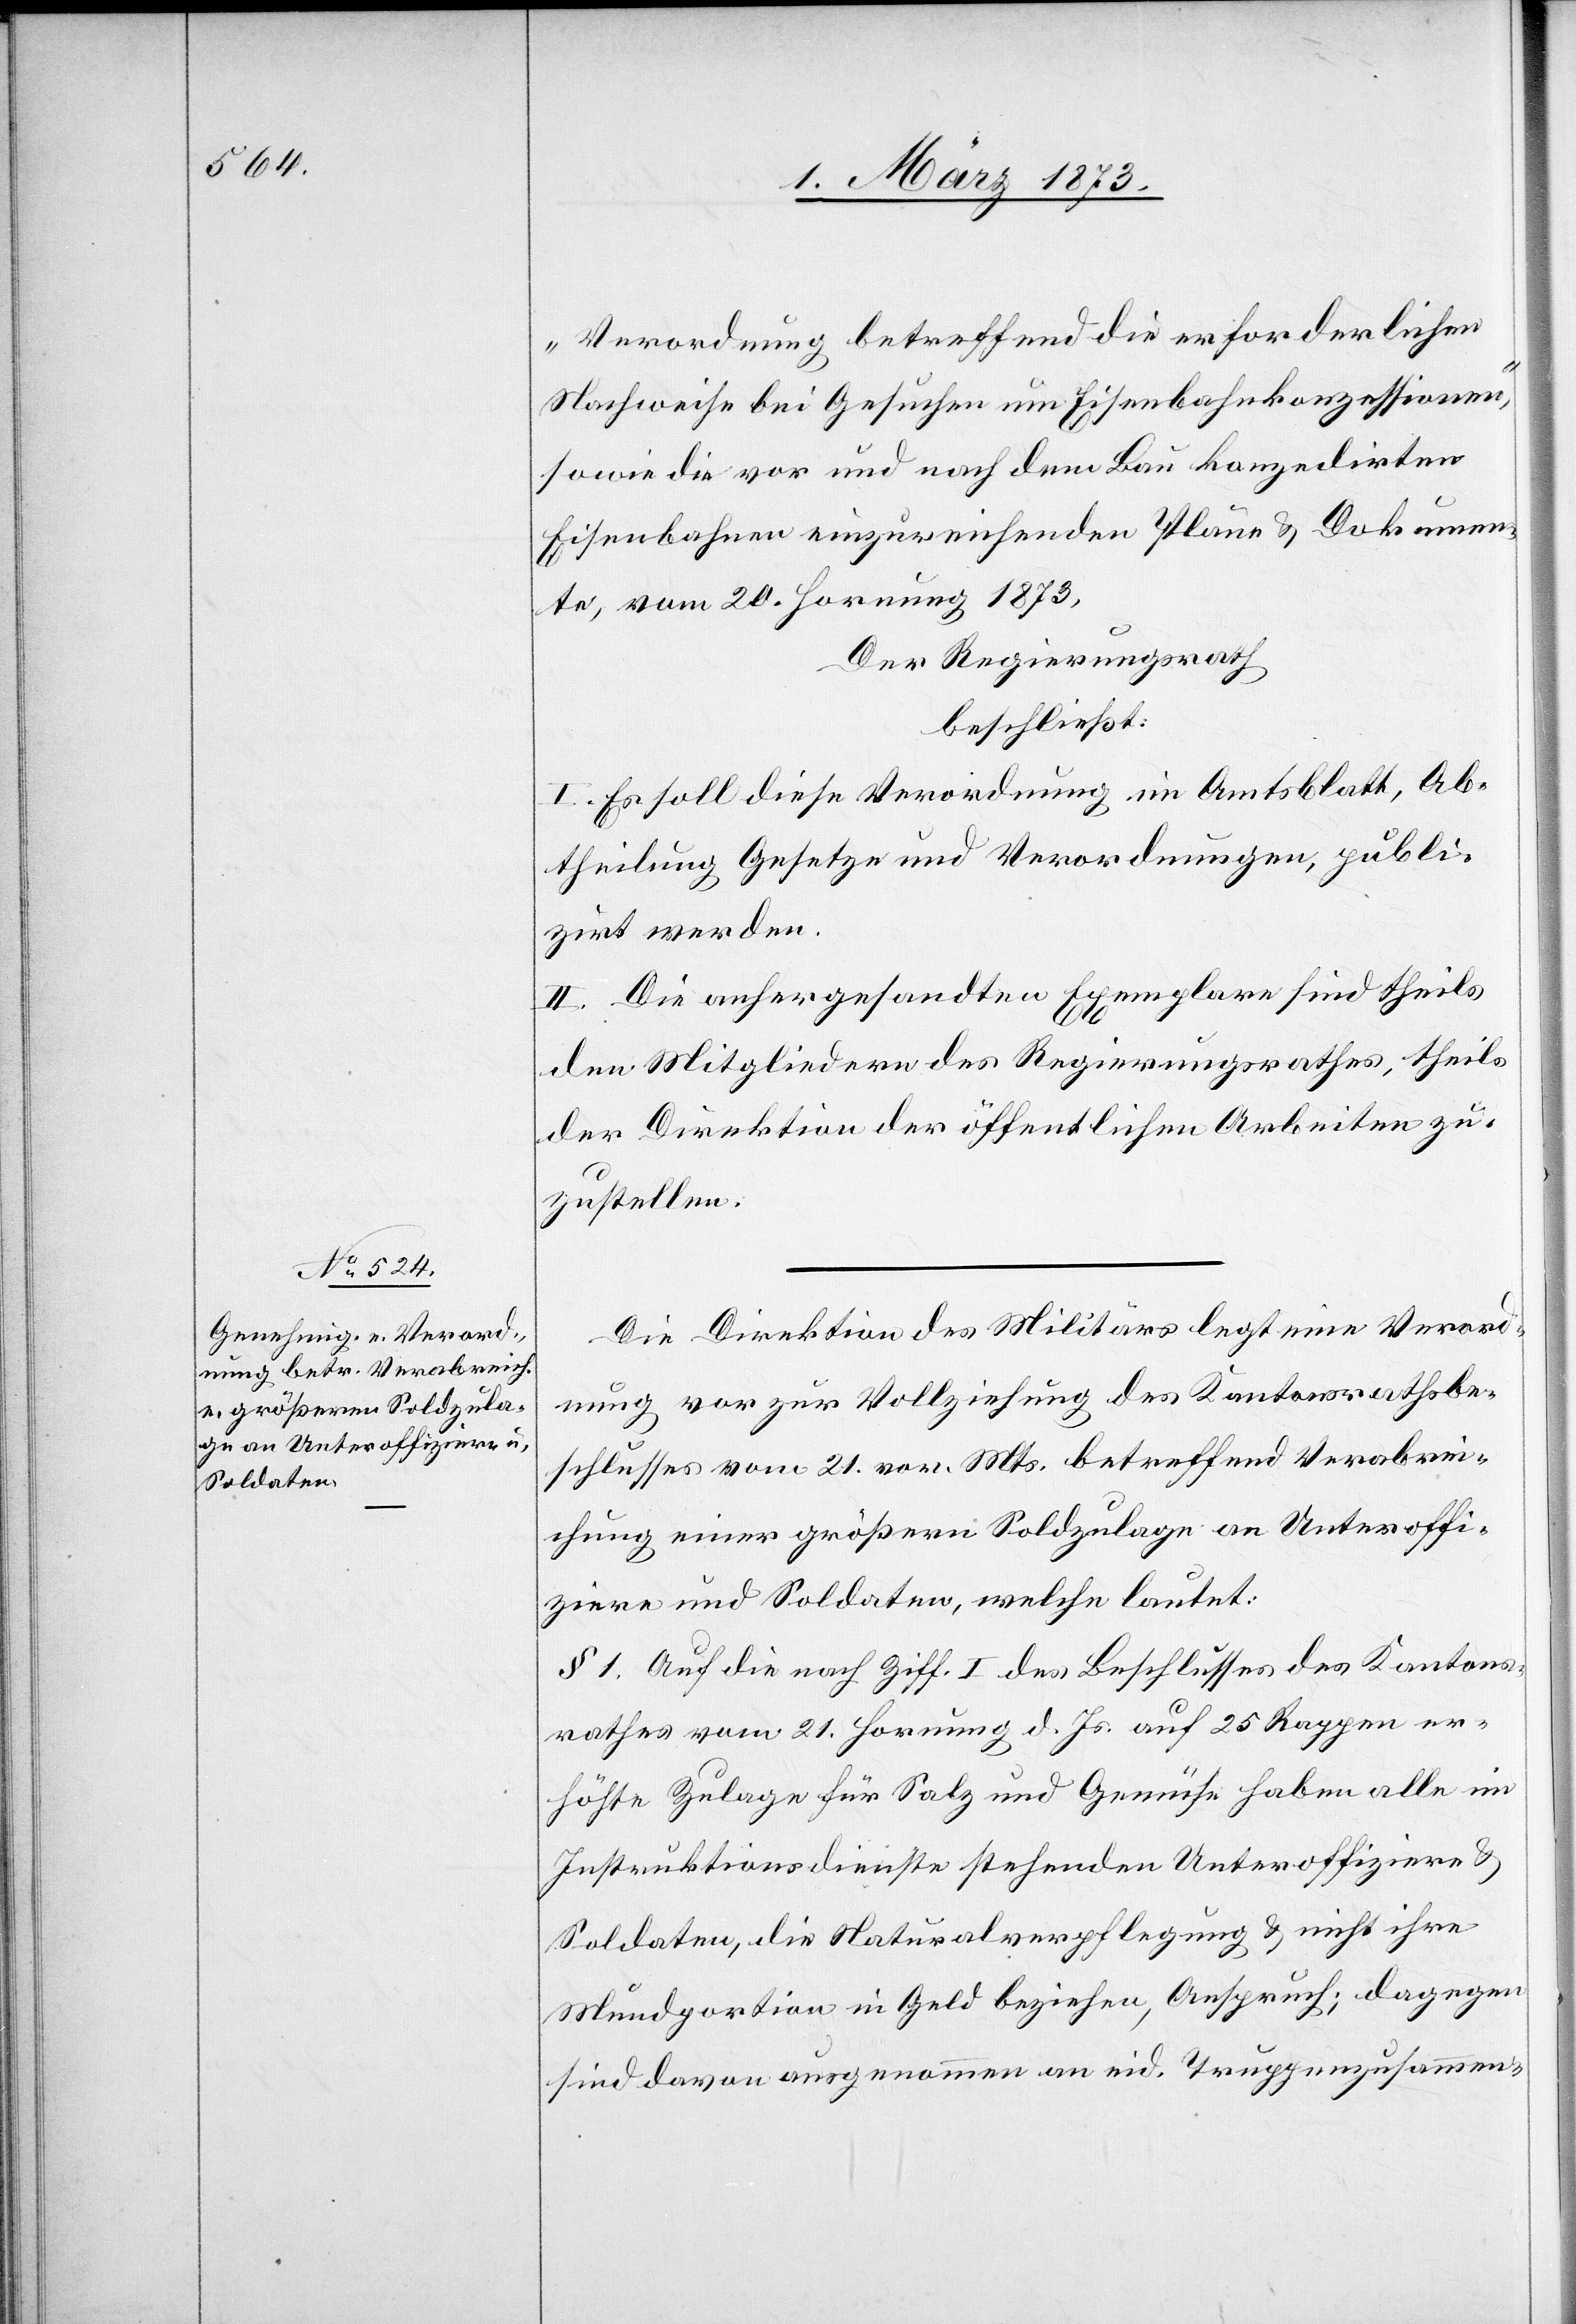
„Verordnung betreffend die erforderlichen
Nachweise bei Gesuchen um Eisenbahnkonzessionen“,
sowie die vor und nach dem Bau konzedirten
Eisenbahnen einzureichenden Pläne u. Dokumen¬
te, vom 20. Hornung 1873,
Der Regierungsrath
beschließt:
I. Es soll diese Verordnung im Amtsblatt, Ab¬
theilung Gesetze und Verordnungen, publi¬
zirt werden.
II. Die anhergesandten Exemplare sind theils
den Mitgliedern des Regierungsrathes, theils
der Direktion der öffentlichen Arbeiten zu¬
zustellen.
Die Direktion des Militärs legt eine Verord¬
nung vor zur Vollziehung des Kantonsrathsbe¬
schlusses vom 21. vor. Mts. betreffend Verabrei¬
chung einer größern Soldzulage an Unteroffi¬
ziere und Soldaten, welche lautet:
§ 1. Auf die nach Ziff. I des Beschlusses des Kantons¬
rathes vom 21. Hornung d. Js. auf 25 Rappen er¬
höhte Zulage für Salz und Gemüse haben alle im
Instruktionsdienste stehenden Unteroffiziere u.
Soldaten, die Naturalverpflegung u. nicht ihre
Mundportion in Geld beziehen, Anspruch; dagegen
sind davon ausgenommen an eid. Truppenzusammen-